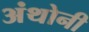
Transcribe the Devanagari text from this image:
अंथोनी